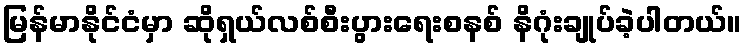
မြန်မာနိုင်ငံမှာ ဆိုရှယ်လစ်စီးပွားရေးစနစ် နိဂုံးချုပ်ခဲ့ပါတယ်။